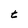
Character: t